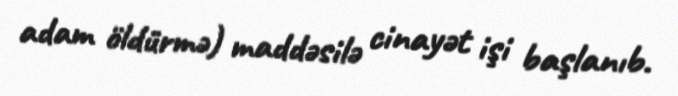
adam öldürmə) maddəsilə cinayət işi başlanıb.